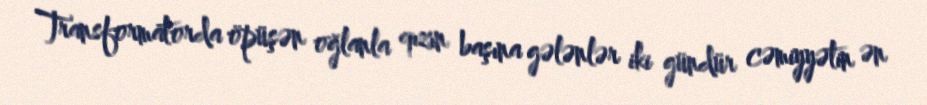
Transformatorda öpüşən oğlanla qızın başına gələnlər iki gündür cəmiyyətin ən